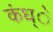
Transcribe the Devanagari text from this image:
कंध्े